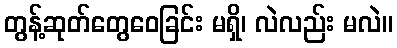
တွန့်ဆုတ်တွေဝေခြင်း မရှိ၊ လဲလည်း မလဲ။